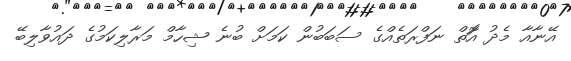
އޭނާއާ މެދު އަޮތް ނަފްރަތެއްގެ ސަބަބުން ކަމަށް ބުނެ ޝިހާމް މަރާލިކަމުގެ ދައުވާލިބޭ